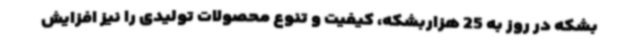
بشکه در روز به 25 هزاربشکه، کیفیت و تنوع محصولات تولیدی را نیز افزایش